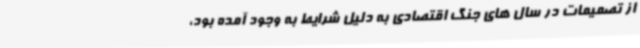
از تصمیمات در سال های جنگ اقتصادی به دلیل شرایط به وجود آمده بود،